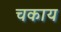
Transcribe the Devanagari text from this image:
चकाय